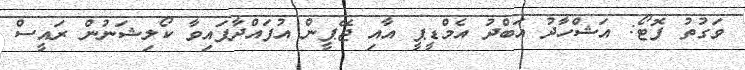
ވަގުތު ފޮޓޯ: އަޝްހާދު އަބްދު އެމްޑީޕީ އާއި ޖޭޕީން އުފައްދާފައިވާ ކޯލިޝަނުން ރައީސް